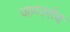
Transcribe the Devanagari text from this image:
जाय्स्तेव